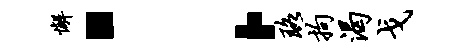
懈：珞拘渴戈